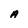
Character: A